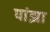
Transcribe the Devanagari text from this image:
पांझा